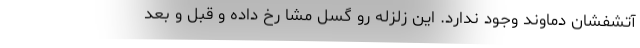
آتشفشان دماوند وجود ندارد. این زلزله رو گسل مشا رخ داده و قبل و بعد